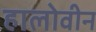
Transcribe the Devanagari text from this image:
हालोवीन